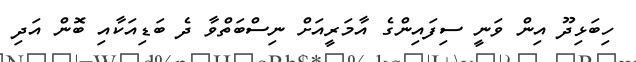
ހިބަޅިދޫ އިން ވަނީ ސިފައިންގެ އާމަރީއަށް ނިސްބަތްވާ ދެ ބަޑިއަކާއި ބޮން އަދި